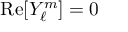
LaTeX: { \mathrm { R e } } [ Y _ { \ell } ^ { m } ] = 0